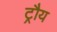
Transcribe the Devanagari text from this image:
ट्रौय